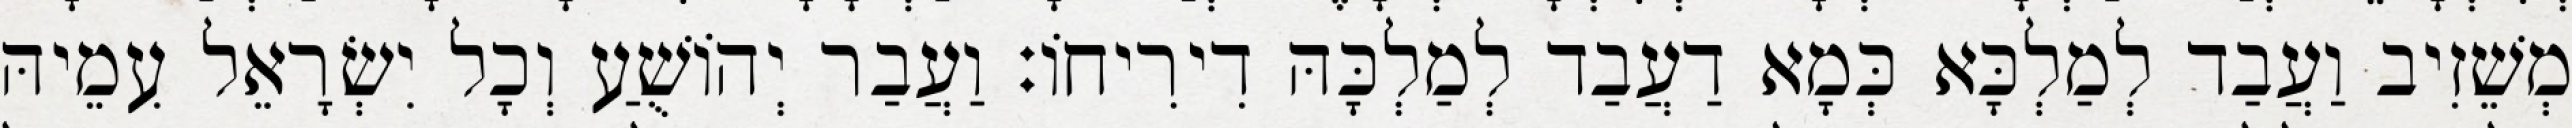
מְשֵׁזִיב וַעֲבַד לְמַלְכָּא כְּמָא דַעֲבַד לְמַלְכָּהּ דִירִיחוֹ׃ וַעֲבַר יְהוֹשֻׁעַ וְכָל יִשְׂרָאֵל עִמֵיהּ